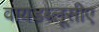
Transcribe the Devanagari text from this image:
वायडब्लूसीए